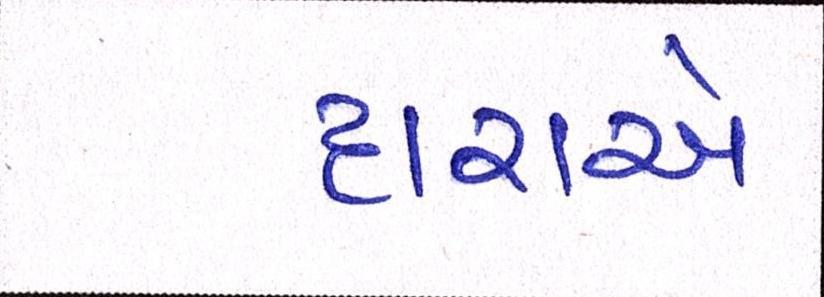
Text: દારાએ